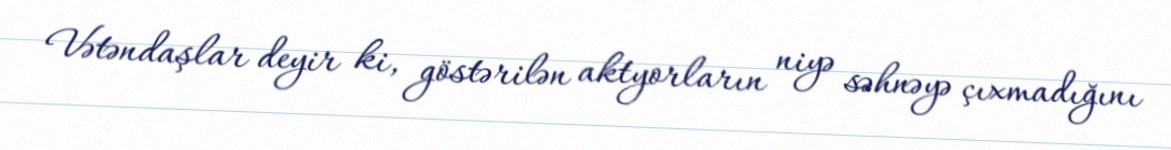
Vətəndaşlar deyir ki, göstərilən aktyorların niyə səhnəyə çıxmadığını